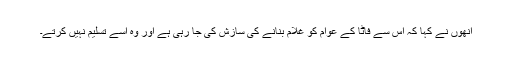
انھوں نے کہا کہ اس سے فاٹا کے عوام کو غلام بنانے کی سازش کی جا رہی ہے اور وہ اسے تسلیم نہیں کرتے۔